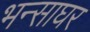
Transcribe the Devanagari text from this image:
भन्साघर